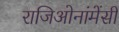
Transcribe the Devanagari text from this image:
राजिओनांमेंसी